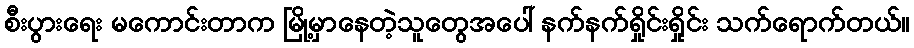
စီးပွားရေး မကောင်းတာက မြို့မှာနေတဲ့သူတွေအပေါ် နက်နက်ရှိုင်းရှိုင်း သက်ရောက်တယ်။